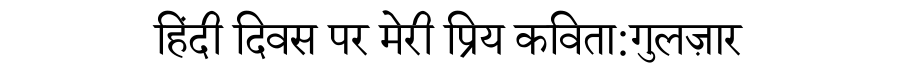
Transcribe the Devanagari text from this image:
हिंदी दिवस पर मेरी प्रिय कविता:गुलज़ार